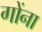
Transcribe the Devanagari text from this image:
गोंना